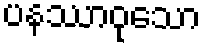
ပနဿာဝုသော